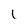
Character: l